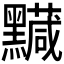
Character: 𪒯